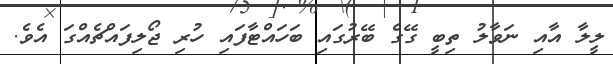
ލީލާ އާއި ނަވާލު ތިބީ ގޭގެ ބޭރުގައި ބަހައްޓާފައި ހުރި ޖޯލިފައްޗެއްގަ އެވެ.